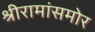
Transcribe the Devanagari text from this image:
श्रीरामांसमोर